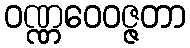
ဝဏ္ဏဝေဝဇ္ဇတာ